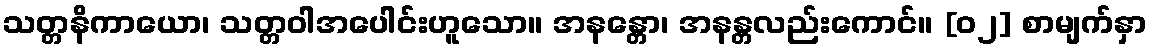
သတ္တနိကာယော၊ သတ္တဝါအပေါင်းဟူသော။ အနန္တော၊ အနန္တလည်းကောင်။ [၀၂] စာမျက်နှာ